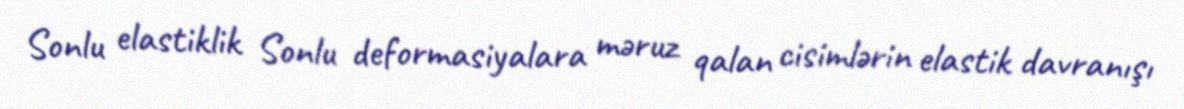
Sonlu elastiklik Sonlu deformasiyalara məruz qalan cisimlərin elastik davranışı